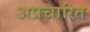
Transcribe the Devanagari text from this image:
अप्रचारित